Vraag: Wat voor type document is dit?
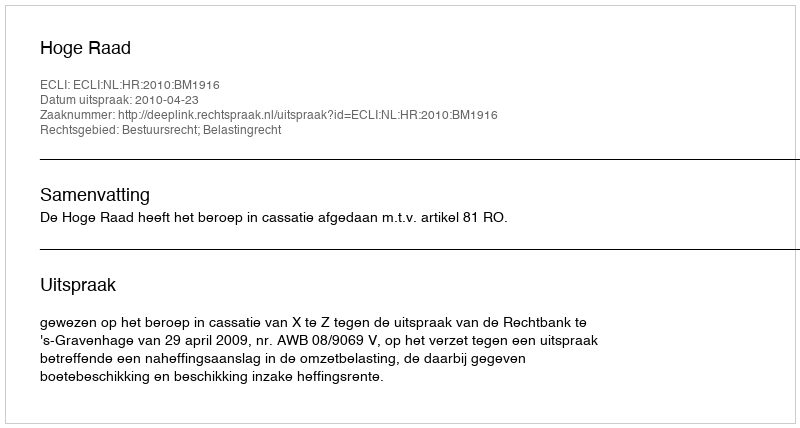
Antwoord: Uitspraak